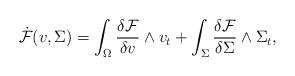
LaTeX: \begin{align*} \dot{\mathcal{F}}(v,\Sigma)=\int_{\Omega}\frac{\delta\mathcal{F}}{\delta v}\wedge v_{t}+\int_{\Sigma}\frac{\delta\mathcal{F}}{\delta\Sigma}\wedge\Sigma_{t}, \end{align*}